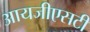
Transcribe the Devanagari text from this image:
आयजीएसटी